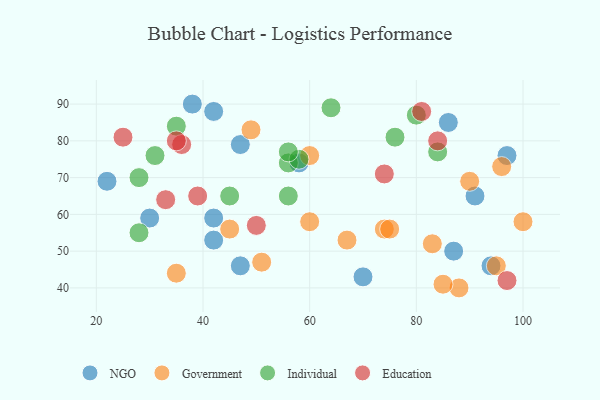
{"axis": {"x": "GDP", "y": "Life Expectancy"}, "legend": ["Education", "Government", "Individual", "NGO"], "data": [{"x": "97", "y": 76, "type": "NGO"}, {"x": "70", "y": 43, "type": "NGO"}, {"x": "42", "y": 53, "type": "NGO"}, {"x": "42", "y": 59, "type": "NGO"}, {"x": "22", "y": 69, "type": "NGO"}, {"x": "87", "y": 50, "type": "NGO"}, {"x": "30", "y": 59, "type": "NGO"}, {"x": "42", "y": 88, "type": "NGO"}, {"x": "94", "y": 46, "type": "NGO"}, {"x": "47", "y": 79, "type": "NGO"}, {"x": "47", "y": 46, "type": "NGO"}, {"x": "58", "y": 74, "type": "NGO"}, {"x": "91", "y": 65, "type": "NGO"}, {"x": "86", "y": 85, "type": "NGO"}, {"x": "38", "y": 90, "type": "NGO"}, {"x": "96", "y": 73, "type": "Government"}, {"x": "83", "y": 52, "type": "Government"}, {"x": "100", "y": 58, "type": "Government"}, {"x": "88", "y": 40, "type": "Government"}, {"x": "90", "y": 69, "type": "Government"}, {"x": "74", "y": 56, "type": "Government"}, {"x": "45", "y": 56, "type": "Government"}, {"x": "51", "y": 47, "type": "Government"}, {"x": "60", "y": 76, "type": "Government"}, {"x": "85", "y": 41, "type": "Government"}, {"x": "35", "y": 44, "type": "Government"}, {"x": "95", "y": 46, "type": "Government"}, {"x": "67", "y": 53, "type": "Government"}, {"x": "49", "y": 83, "type": "Government"}, {"x": "60", "y": 58, "type": "Government"}, {"x": "75", "y": 56, "type": "Government"}, {"x": "56", "y": 74, "type": "Individual"}, {"x": "31", "y": 76, "type": "Individual"}, {"x": "58", "y": 75, "type": "Individual"}, {"x": "76", "y": 81, "type": "Individual"}, {"x": "84", "y": 77, "type": "Individual"}, {"x": "56", "y": 77, "type": "Individual"}, {"x": "80", "y": 87, "type": "Individual"}, {"x": "28", "y": 55, "type": "Individual"}, {"x": "35", "y": 84, "type": "Individual"}, {"x": "56", "y": 65, "type": "Individual"}, {"x": "64", "y": 89, "type": "Individual"}, {"x": "28", "y": 70, "type": "Individual"}, {"x": "45", "y": 65, "type": "Individual"}, {"x": "84", "y": 80, "type": "Education"}, {"x": "74", "y": 71, "type": "Education"}, {"x": "81", "y": 88, "type": "Education"}, {"x": "39", "y": 65, "type": "Education"}, {"x": "25", "y": 81, "type": "Education"}, {"x": "33", "y": 64, "type": "Education"}, {"x": "97", "y": 42, "type": "Education"}, {"x": "36", "y": 79, "type": "Education"}, {"x": "50", "y": 57, "type": "Education"}, {"x": "35", "y": 80, "type": "Education"}]}